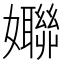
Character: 𱙱